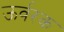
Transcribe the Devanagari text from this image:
ऊर्वरक